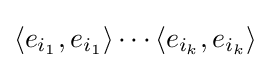
\langle e_{i_{1}},e_{i_{1}}\rangle \cdots \langle e_{i_{k}},e_{i_{k}}\rangle